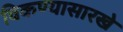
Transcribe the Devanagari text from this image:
विकण्यासारखे